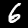
Digit: 6